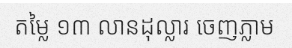
តម្លៃ ១៣ លានដុល្លារ ចេញភ្លាម